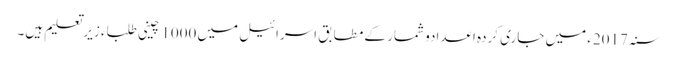
سنہ 2017ء میں جاری کردہ اعدادو شمار کے مطابق اسرائیل میں 1000 چینی طلباء زیرتعلیم ہیں۔